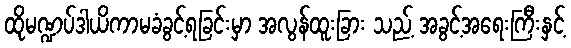
ထိုမဏ္ဍပ်ဒါယိကာမခံခွင့်ရခြင်းမှာ အလွန်ထူးခြား သည့် အခွင့်အရေးကြီးနှင့်